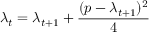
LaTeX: \lambda _ { t } = \lambda _ { t + 1 } + { \frac { ( p - \lambda _ { t + 1 } ) ^ { 2 } } { 4 } }